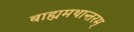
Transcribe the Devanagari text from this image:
बाह्यमथान्तरम्